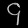
Digit: ၄